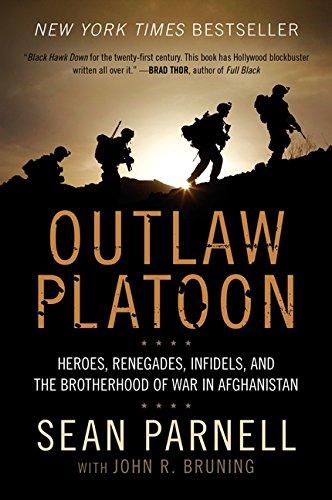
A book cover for Outlaw Platoon: Heroes, Renegades, Infidels, and the Brotherhood of War in Afghanistan; Sean Parnell; Biographies & Memoirs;